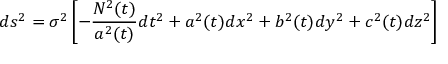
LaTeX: d s ^ { 2 } = \sigma ^ { 2 } \left[ - \frac { N ^ { 2 } ( t ) } { a ^ { 2 } ( t ) } d t ^ { 2 } + a ^ { 2 } ( t ) d x ^ { 2 } + b ^ { 2 } ( t ) d y ^ { 2 } + c ^ { 2 } ( t ) d z ^ { 2 } \right]